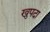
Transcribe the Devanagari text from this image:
खुपदा